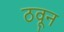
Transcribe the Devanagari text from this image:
ठवून